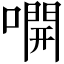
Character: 𫫭